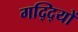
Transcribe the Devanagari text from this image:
गद्दि्यों